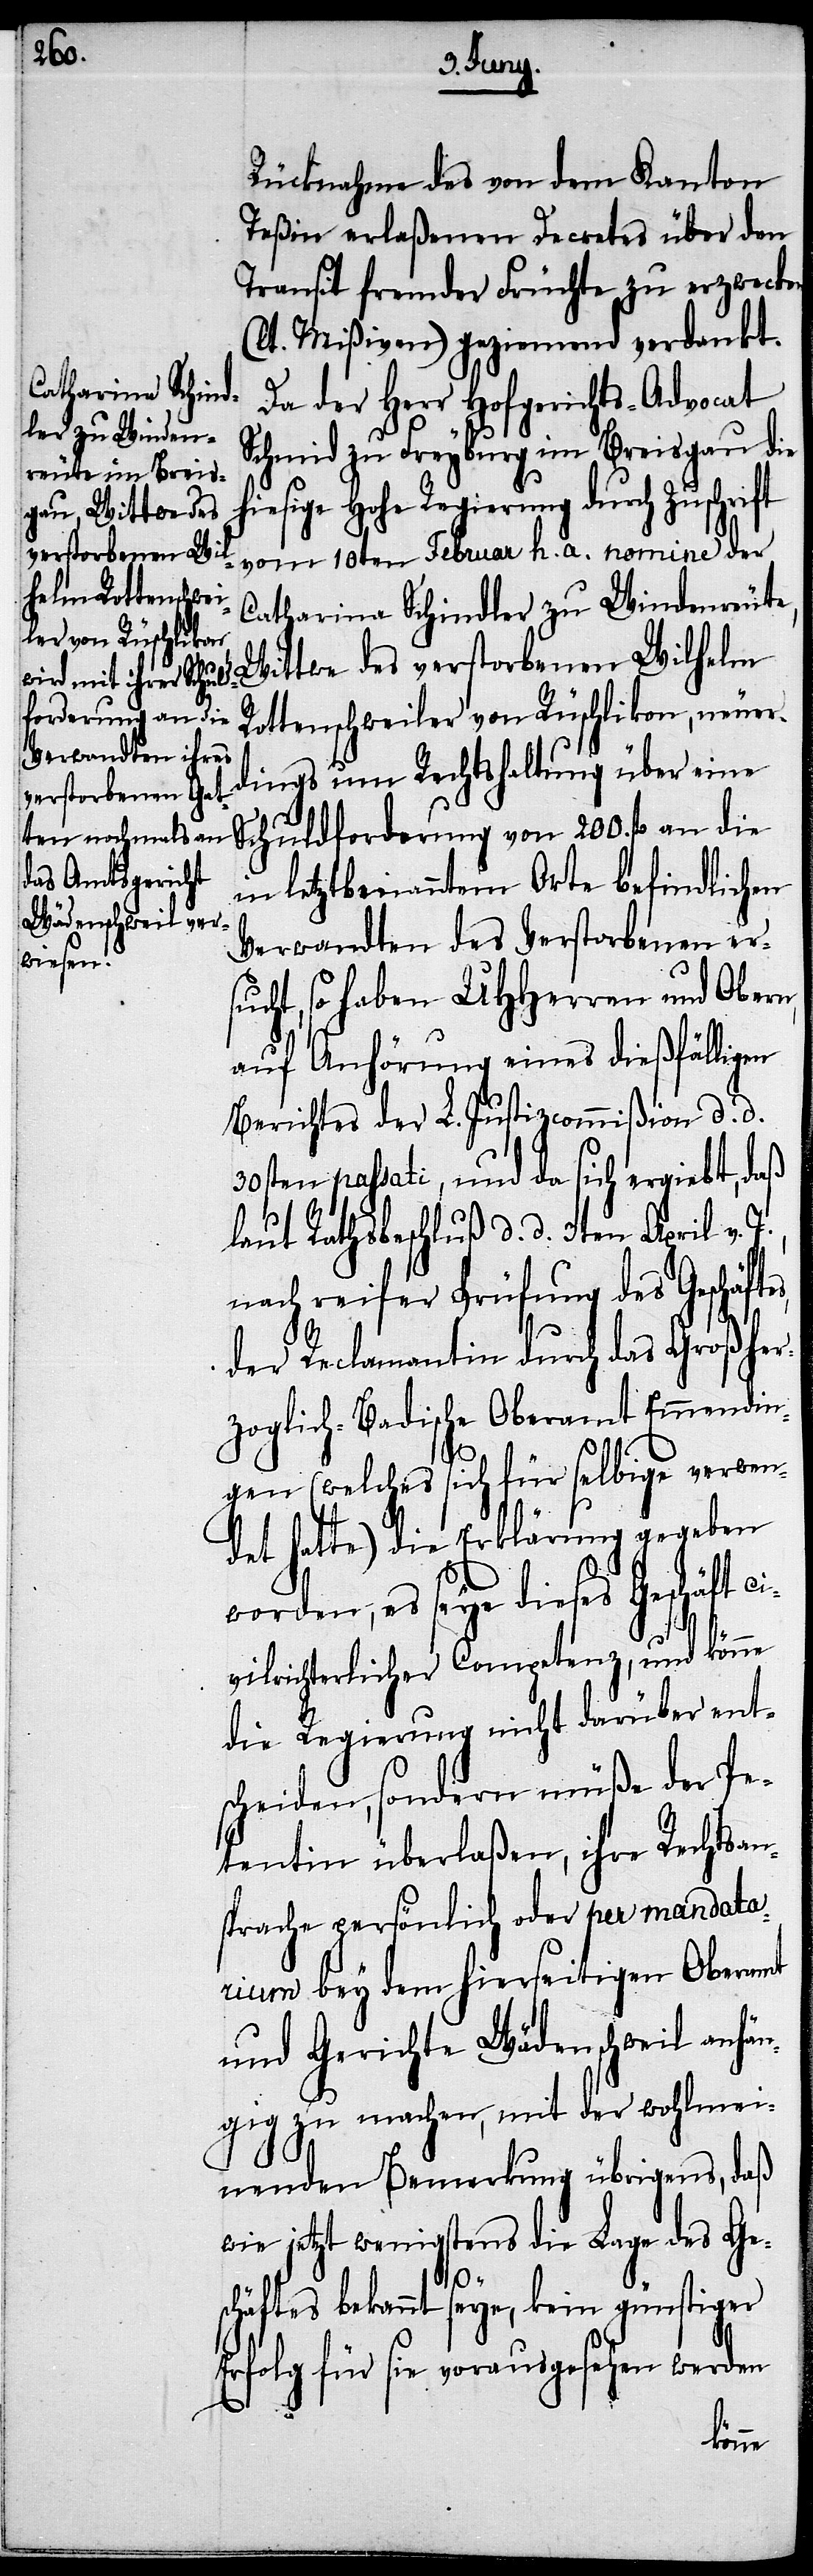
es,

Rücknahme des von dem Kanton
Teßin erlaßenen Decretes über den
Transit fremder Früchte zu erzwecken
(lt. Mißiven) geziemend verdankt.
Da der Herr Hofgerichts-Advocat
Schmid zu Freyburg im Breisgau die
esige Hohe Regierung durch Zuschr¬
vom 10ten Februar h. a. nomine der
Catharina Schindler zu Windenreute,
Wittwe des verstorbenen Wilhelm
Rottenschweiler von Rüschlikon, neuer¬
dings um Rechtshaltung über eine
Schuldforderung von 200. fl. an die
letztbenannten Orte befindlichen
Verwandten des Verstorbenen ers¬
ucht, so haben UHHerren und Obern,
auf Anhörung eines dießfälligen
Berichtes der L. Justizcommißion d. d.
30sten passati, und da sich ergiebt, daß
laut Rathsbeschluß d. d. 3ten April v.
nach reifer Prüfung des Geschäft¬
der Reclamation durch das Großher¬
zoglich-Badische Oberamt Emmendin¬
gen (welches sich für selbige verwen¬
det hatte) die Erklärung gegeben
worden, es seye dieses Geschäft ci¬
vilrechtlicher Competenz, und könne
die Regierung nicht darüber ent¬
scheiden, sondern müße der Pe¬
tentin überlaßen, ihre Rechtsan¬
sprache persönlich oder per mandatarium
[sic!] bey dem hierseitigen Oberamt
und Gerichte Wädenschweil anhä¬
ngig zu machen, mit der wohlmei¬
nenden Bemerkung übrigens, daß
wie jetzt wenigstens die Lage des Ge¬
s¬
chäftes bekannt seye, kein günstiger
Erfolg für sie vorausgesehen werden